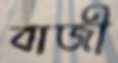
বাজী